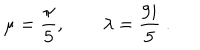
LaTeX: \mu = { \frac { \pi } { 5 } } , \qquad \lambda = { \frac { 9 i } { 5 } } \ .